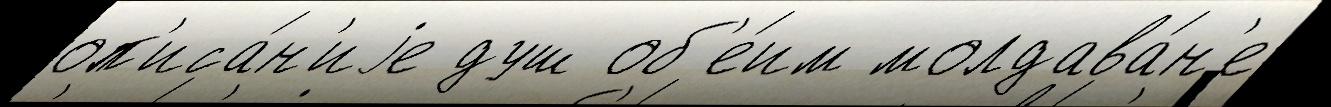
оп'иса́н'иjе душ об'е́им молдава́н'е